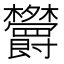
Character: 𣡱